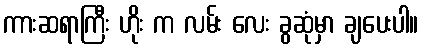
ကားဆရာကြီး ဟိုး က လမ်း လေး ခွဆုံမှာ ချပေးပါ။